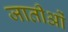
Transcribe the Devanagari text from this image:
जातीओं